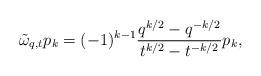
LaTeX: \begin{gather*}\tilde\omega_{q,t}p_k=(-1)^{k-1}\frac{q^{k/2}-q^{-k/2}}{t^{k/2}-t^{-k/2}} p_k,\end{gather*}